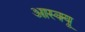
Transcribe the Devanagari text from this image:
आस्क्यू